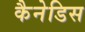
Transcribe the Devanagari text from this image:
कैनेडिस